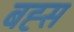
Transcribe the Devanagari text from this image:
बह्स